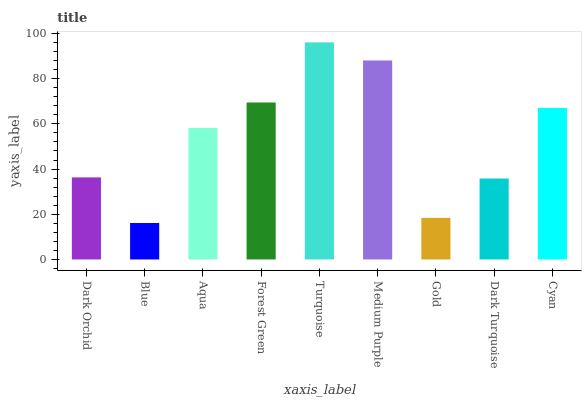
| xaxis_label | bars |
 | --- | --- |
 | Dark Orchid | 36.3 |
 | Blue | 16.1 |
 | Aqua | 58.2 |
 | Forest Green | 69.5 |
 | Turquoise | 96.1 |
 | Medium Purple | 88.1 |
 | Gold | 18.4 |
 | Dark Turquoise | 35.8 |
 | Cyan | 67.1 |